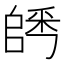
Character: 𨺀